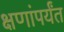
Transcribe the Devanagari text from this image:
क्षणांपर्यंत